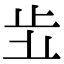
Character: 𣥗